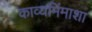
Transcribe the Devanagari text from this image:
काव्यमिंमाशा